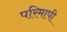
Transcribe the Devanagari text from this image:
परिमापी